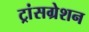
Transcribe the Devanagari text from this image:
ट्रांसग्रेशन